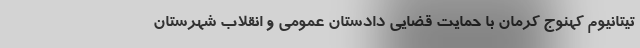
تیتانیوم کهنوج کرمان با حمایت قضایی دادستان عمومی و انقلاب شهرستان